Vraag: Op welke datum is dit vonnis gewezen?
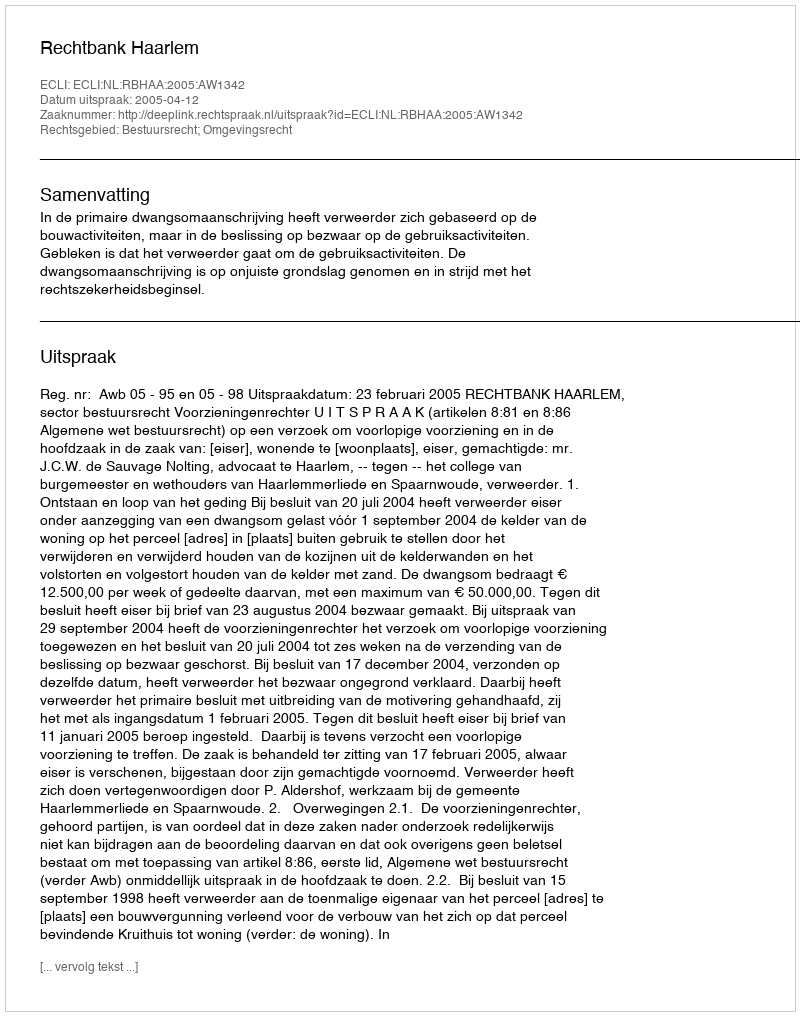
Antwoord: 2005-04-12